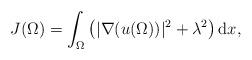
LaTeX: \begin{align*}J(\Omega) = \int_{\Omega}\left( |\nabla (u(\Omega))|^2 + \lambda^2 \right) \operatorname{d}\!x,\end{align*}